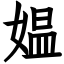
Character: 媪